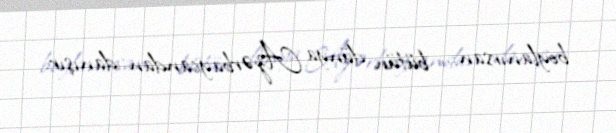
boylanırsan... bütün dünya Azərbaycandan danışır.